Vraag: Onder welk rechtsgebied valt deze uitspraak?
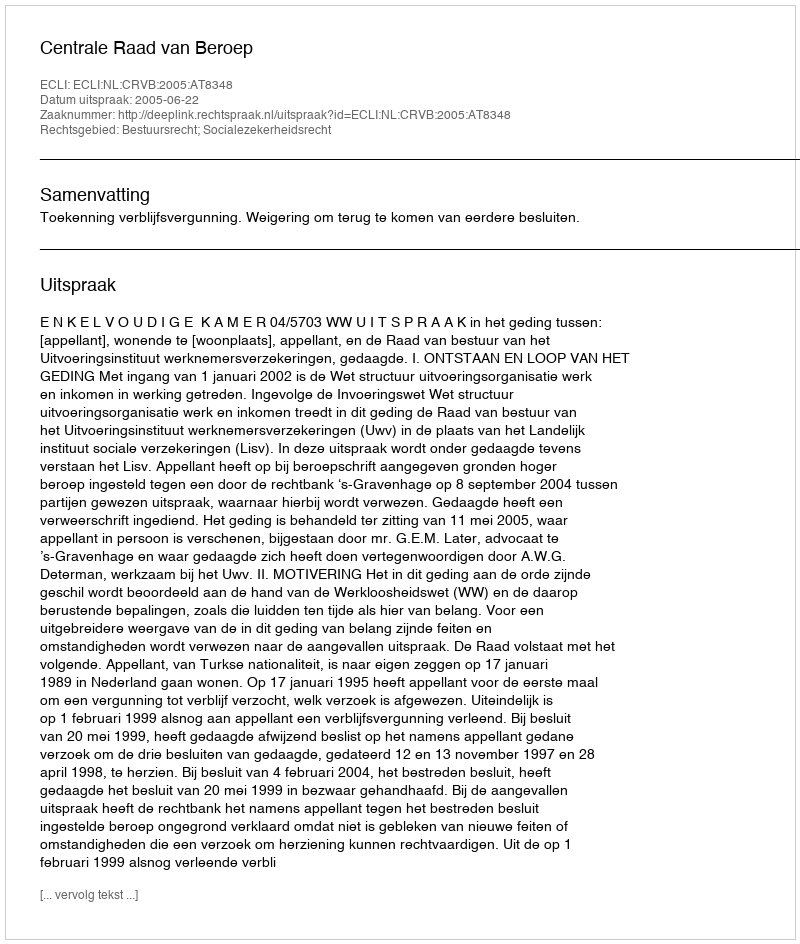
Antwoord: Bestuursrecht; Socialezekerheidsrecht